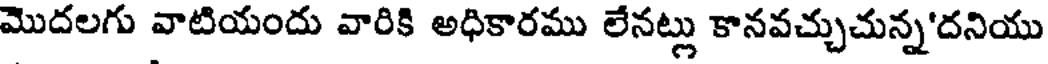
మొదలగు వాటియందు వారికి అధికారము లేనట్లు కానవచ్చుచున్న'దనియు